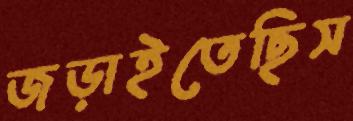
জড়াইতেছিস